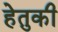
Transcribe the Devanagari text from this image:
हेतुकी